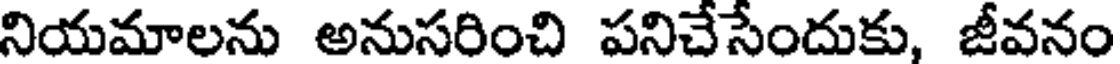
నియమాలను అనుసరించి పనిచేసేందుకు, జీవనం